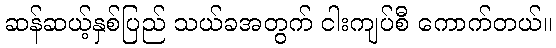
ဆန်ဆယ့်နှစ်ပြည် သယ်ခအတွက် ငါးကျပ်စီ ကောက်တယ်။